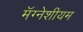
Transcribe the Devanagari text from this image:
मॅग्नेशीयम